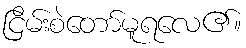
ငြိမ်းစဲတော်မူရလေ၏။